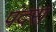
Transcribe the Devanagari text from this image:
पंदरा